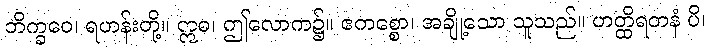
ဘိက္ခဝေ၊ ရဟန်းတို့။ ဣဓ၊ ဤလောက၌။ ဧကစ္စော၊ အချို့သော သူသည်။ ဟတ္ထိရတနံ ပိ၊